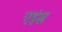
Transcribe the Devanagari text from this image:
एइंस